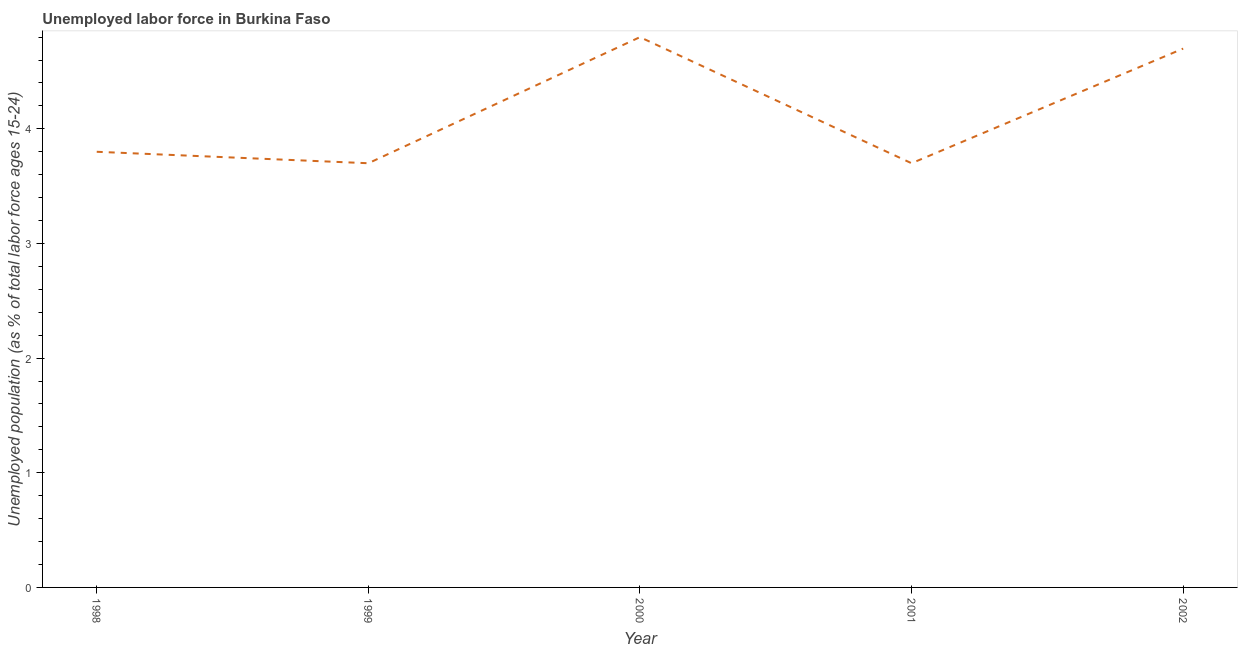
| Year | Unemployment |
 | --- | --- |
 | 1998 | 3.8 |
 | 1999 | 3.7 |
 | 2000 | 4.8 |
 | 2001 | 3.7 |
 | 2002 | 4.7 |